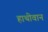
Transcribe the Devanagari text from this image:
हाथीवान